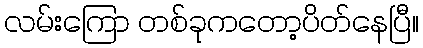
လမ်းကြော တစ်ခုကတော့ပိတ်နေပြီ။